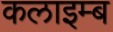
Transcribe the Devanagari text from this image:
कलाइम्ब